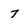
Character: 7